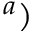
^ a )